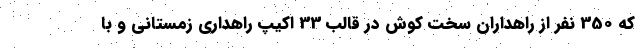
که 350 نفر از راهداران سخت کوش در قالب 33 اکیپ راهداری زمستانی و با